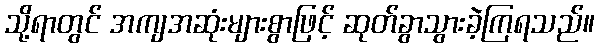
သို့ရာတွင် အကျအဆုံးများစွာဖြင့် ဆုတ်ခွာသွားခဲ့ကြရသည်။